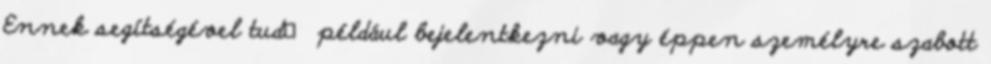
Ennek segítségével tud például bejelentkezni vagy éppen személyre szabott